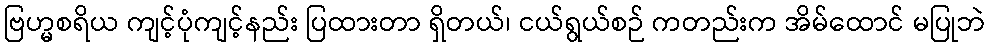
ဗြဟ္မစရိယ ကျင့်ပုံကျင့်နည်း ပြထားတာ ရှိတယ်၊ ငယ်ရွယ်စဉ် ကတည်းက အိမ်ထောင် မပြုဘဲ